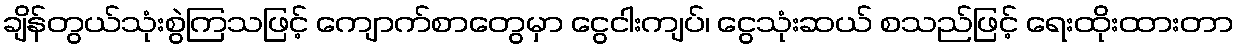
ချိန်တွယ်သုံးစွဲကြသဖြင့် ကျောက်စာတွေမှာ ငွေငါးကျပ်၊ ငွေသုံးဆယ် စသည်ဖြင့် ရေးထိုးထားတာ